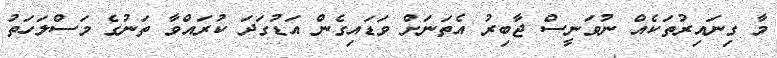
މާ ގިނައިރުތަކެއް ނުވަނީސް ޖާބިރު އެތަނަށް ވަޑައިގެން އަޑުގަދަ ކުރައްވާ ތަނުގެ މަސްލަހަތު